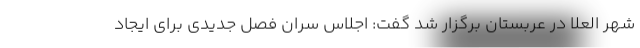
شهر العلا در عربستان برگزار شد گفت: اجلاس سران فصل جدیدی برای ایجاد